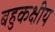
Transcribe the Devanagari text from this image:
बहुकक्षीय